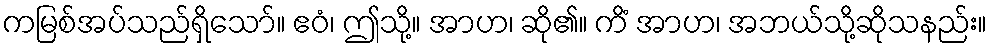
ကမြစ်အပ်သည်ရှိသော်။ ဧဝံ၊ ဤသို့။ အာဟ၊ ဆို၏။ ကိံ အာဟ၊ အဘယ်သို့ဆိုသနည်း။